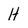
Character: H